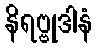
နိရဗ္ဗုဒါနံ